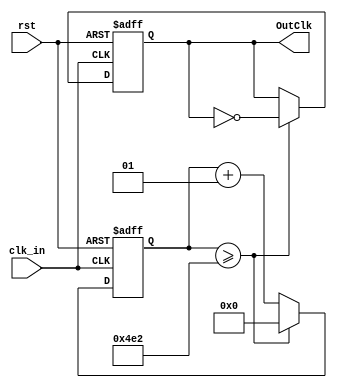
module freq_divider #(parameter Hz=50000) (
	input clk_in, 
	input rst,
	output reg OutClk
	);
	integer counter;
	//when 50000, once cycle = 1250
	//for simulation 
	parameter oneCycle = (125000000 / Hz) / 2;
	//parameter oneCycle = (125000000 / Hz) / 2;
	
initial
	begin
		counter <= 0;
		OutClk = 1'b0;
	end

always@(posedge clk_in or posedge rst) begin
	if (rst)
		begin
			counter <= 0;
			OutClk <= 1'b0;
		end
	
	else 
	    begin
            counter <= counter +1;
            if (counter >= oneCycle)
                begin
                    counter <= 0;
                    OutClk <= ~OutClk;
                end
        end  
end
endmodule